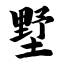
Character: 墅